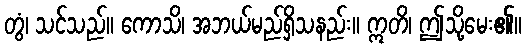
တွံ၊ သင်သည်။ ကောသိ၊ အဘယ်မည်ရှိသနည်း။ ဣတိ၊ ဤသို့မေး၏။